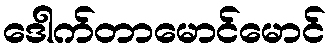
ဒေါက်တာမောင်မောင်